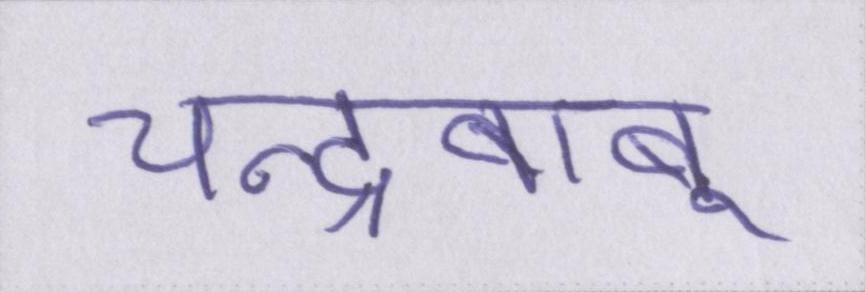
चन्द्रबाबू